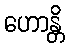
ဟောန္တိ